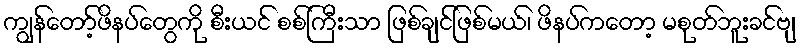
ကျွန်တော့်ဖိနပ်တွေကို စီးယင် စစ်ကြီးသာ ဖြစ်ချင်ဖြစ်မယ်၊ ဖိနပ်ကတော့ မစုတ်ဘူးခင်ဗျ